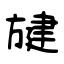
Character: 旔